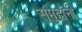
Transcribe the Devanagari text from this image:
समुद्रांनी